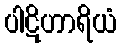
ပါဋိဟာရိယံ